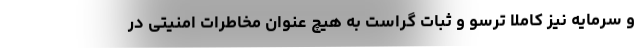
و سرمایه نیز کاملا ترسو و ثبات گراست به هیچ عنوان مخاطرات امنیتی در